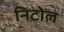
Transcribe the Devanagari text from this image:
निटोल